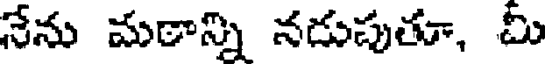
నేను మఠాన్ని నడుపుతూ, మీ